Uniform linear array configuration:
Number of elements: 12
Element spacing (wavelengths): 0.75
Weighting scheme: exponential
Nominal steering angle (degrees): -60
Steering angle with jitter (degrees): -61.148
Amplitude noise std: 0.05
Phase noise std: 0.05

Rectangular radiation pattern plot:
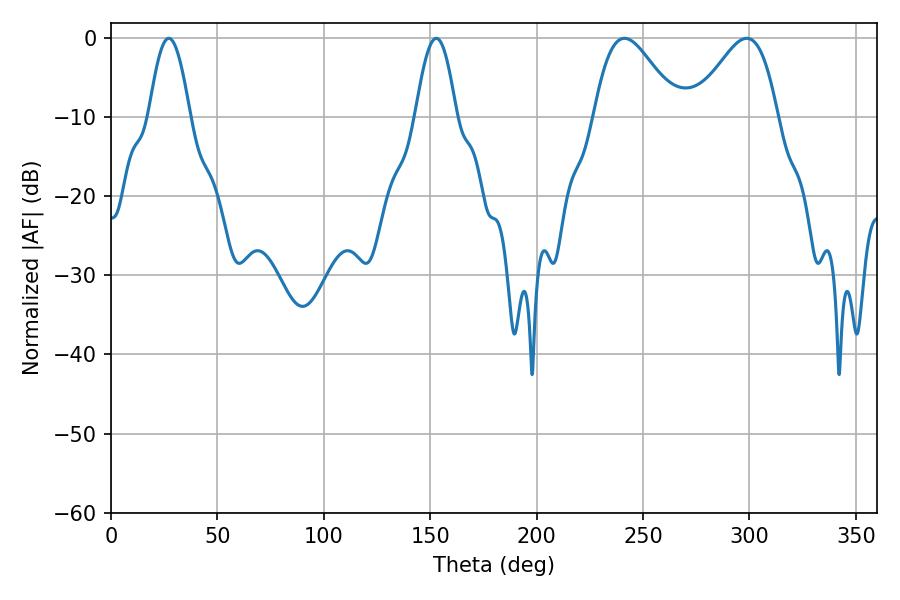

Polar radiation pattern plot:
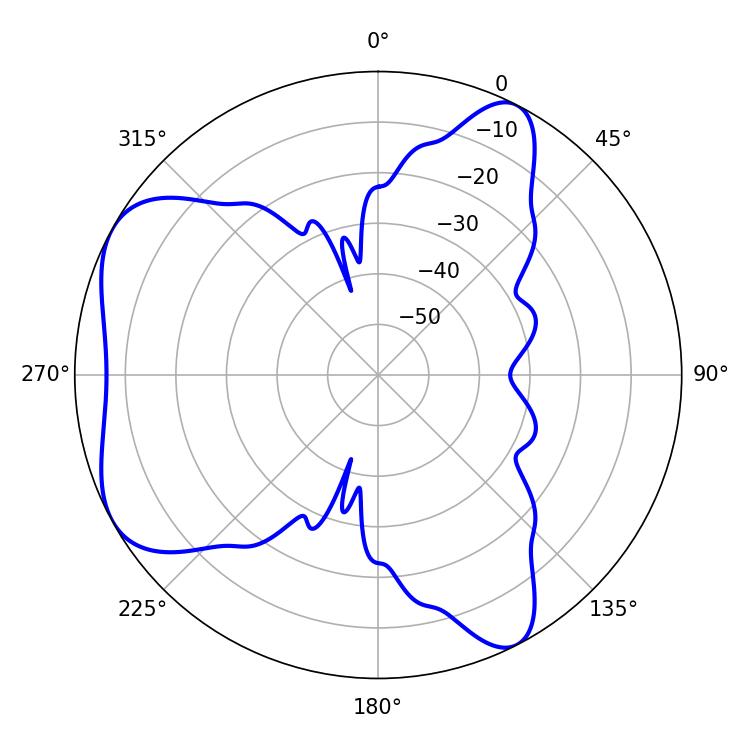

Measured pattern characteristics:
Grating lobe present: TRUE
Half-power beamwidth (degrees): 10.44
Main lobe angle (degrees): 27.18